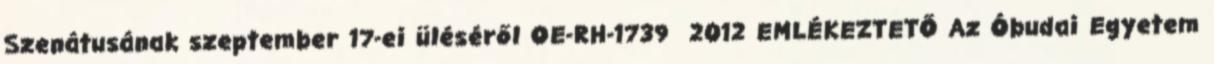
Szenátusának szeptember 17-ei üléséről OE-RH-1739 2012 EMLÉKEZTETŐ Az Óbudai Egyetem